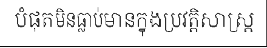
បំផុតមិនធ្លាប់មានក្នុងប្រវត្តិសាស្ត្រ